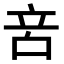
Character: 𠱫